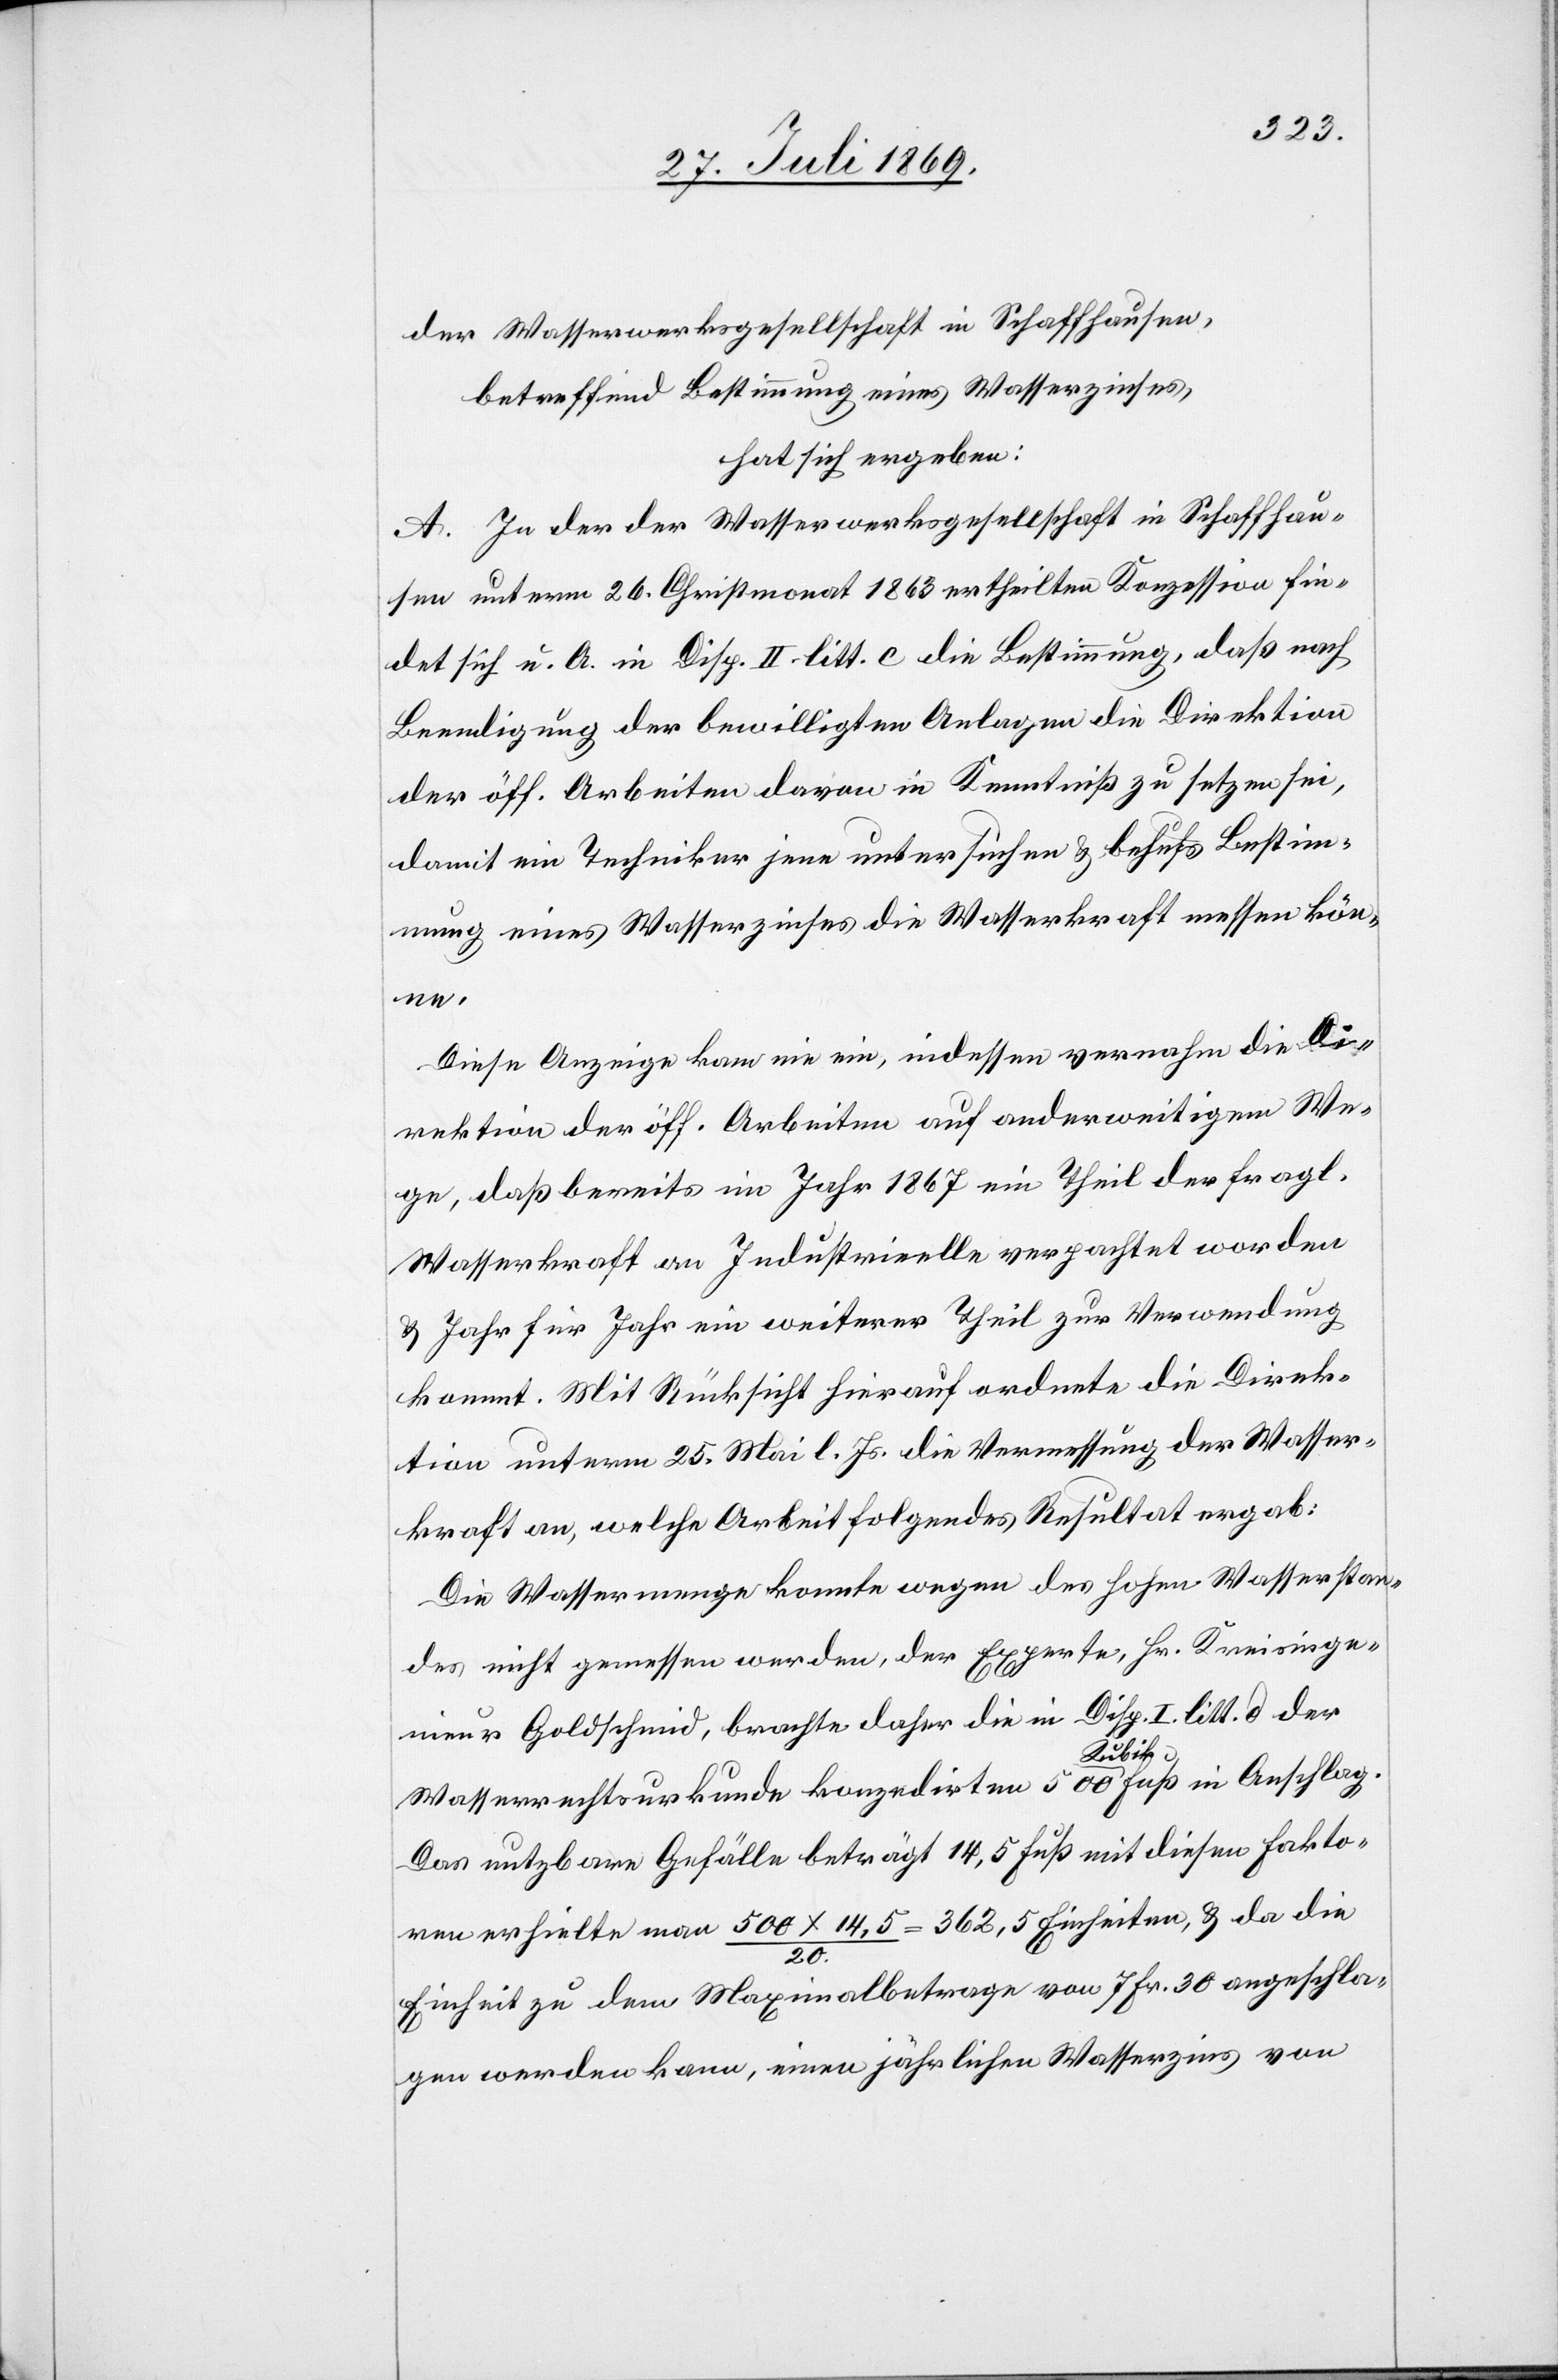
der Wasserwerksgesellschaft in Schaffhausen,
betreffend Bestimmung eines Wasserzinses,
hat sich ergeben:
A. In der der Wasserwerksgesellschaft in Schaffhau¬
sen unterm 26 Christmonat 1863 ertheilten Konzession fin¬
det sich u. A. in Disp. II litt. c die Bestimmung, daß nach
Beendigung der bewilligten Anlagen die Direktion
der öff. Arbeiten davon in Kenntniß zu setzen sei,
damit ein Techniker jene untersuchen u. behufs Bestim¬
mung eines Wasserzinses die Wasserkraft messen kön¬
ne.
Diese Anzeige kam nie ein, indessen vernahm die Di¬
rektion der öff. Arbeiten auf anderweitigem We¬
ge, daß bereits im Jahr 1867 ein Theil der fragl.
Wasserkraft an Industrielle verpachtet worden
u. Jahr für Jahr ein weiterer Theil zur Verwendung
kommt. Mit Rücksicht hierauf ordnete die Direk¬
tion unterm 25 Mai l. Js. die Vermessung der Wasser¬
kraft an, welche Arbeit folgendes Resultat ergab:
Die Wassermenge konnte wegen des hohen Wasserstan¬
des nicht gemessen werden, der Experte, Hr. Kreisinge¬
nieur Goldschmid, brachte daher die in Disp. I litt d der
Wasserrechtsurkunde konzedirten 500 Kubikfuß in Anschlag.
Das nutzbare Gefälle beträgt 14,5 Fuß mit diesen Fakto¬
ren erhielte man 500x14,5:20 = 362,5 Einheiten, u. da die
Einheit zu dem Maximalbetrage von 7 Fr. 30 angeschla¬
gen werden kann, einen jährlichen Wasserzins von